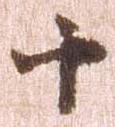
十